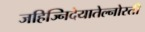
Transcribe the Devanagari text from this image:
जहिज्निदेयातेल्नोस्ती